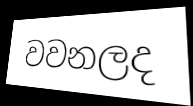
වවනලද